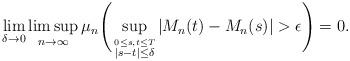
LaTeX: \begin{align*}\lim_{\delta\to 0}\limsup_{n\to\infty} \mu_n\Bigg(\sup_{\overset{0\leq s,t\leq T}{|s-t|\leq \delta}}|M_n(t)-M_n(s)|>\epsilon\Bigg)=0.\end{align*}